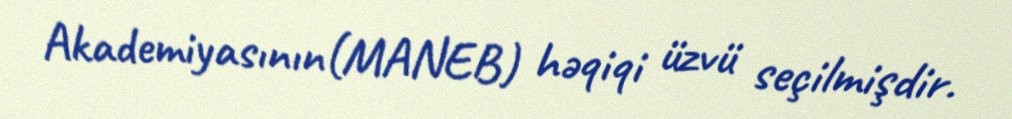
Akademiyasının(MANEB) həqiqi üzvü seçilmişdir.